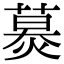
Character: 𦹪